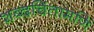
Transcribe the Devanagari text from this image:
शब्दचिंतामणि